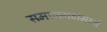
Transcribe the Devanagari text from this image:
समाजगटांमध्ये